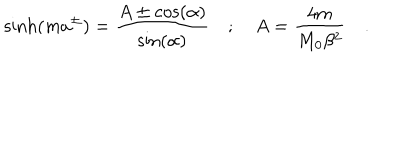
\sinh ( m a ^ { \pm } ) = \frac { A \pm \cos ( \alpha ) } { \sin ( \alpha ) } \quad ; \quad A = \frac { 4 m } { M _ { 0 } \beta ^ { 2 } } \quad .